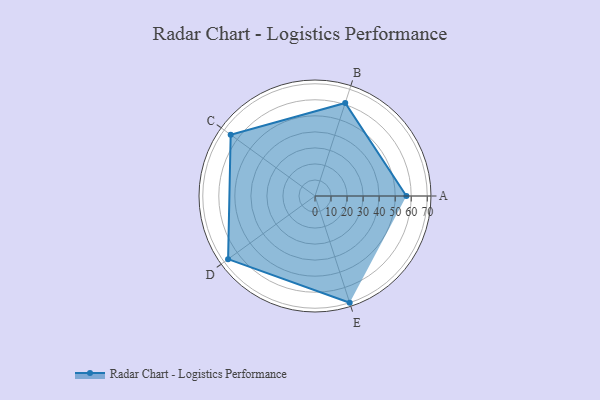
{"axis": {"x": "Skill", "y": "Score"}, "legend": ["Profile"], "data": [{"x": "A", "y": 57.0, "type": "Profile"}, {"x": "B", "y": 61.0, "type": "Profile"}, {"x": "C", "y": 65.0, "type": "Profile"}, {"x": "D", "y": 67.0, "type": "Profile"}, {"x": "E", "y": 70.0, "type": "Profile"}]}